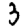
Digit: 3